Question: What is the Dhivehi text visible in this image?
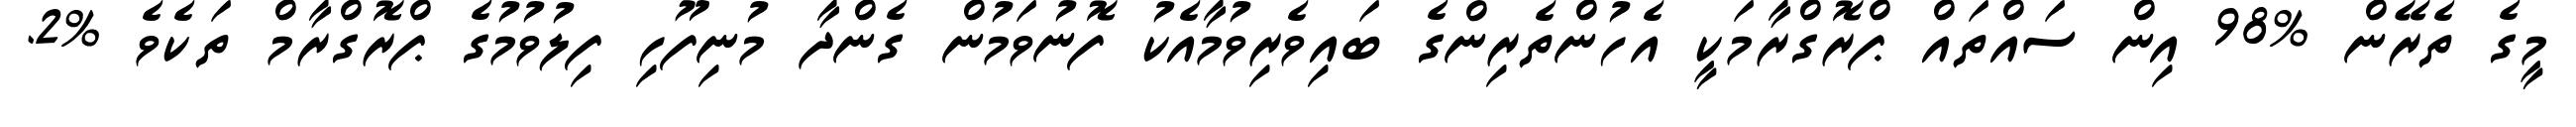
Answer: މީގެ ތެރޭން %98 އިން ސައްތައް ޕްރޮގްރާމަކީ އެހުންތެރިންގެ ބައިވެރިވުމާއެކު ފޮނުވަމުން ގެންދާ މުނިފޫހި ފިލުވުމުގެ ޕްރޮގްރާމް ތަކެވެ %2.